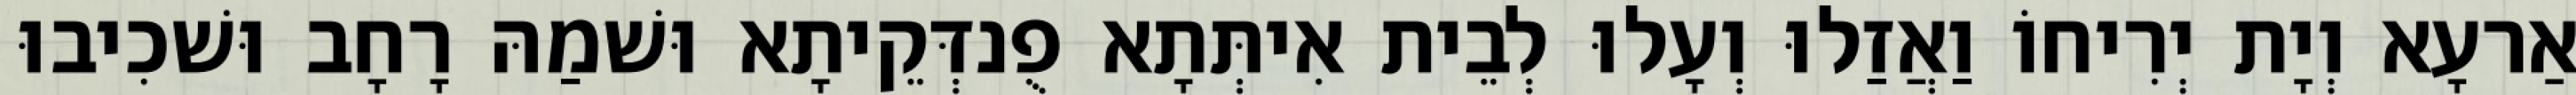
אַרעָא וְיָת יְרִיחוֹ וַאֲזַלוּ וְעָלוּ לְבֵית אִיתְּתָא פֻנדְּקֵיתָא וּשׁמַהּ רָחָב וּשׁכִיבוּ